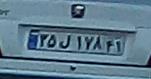
۳۵ل۱۷۸۴۱